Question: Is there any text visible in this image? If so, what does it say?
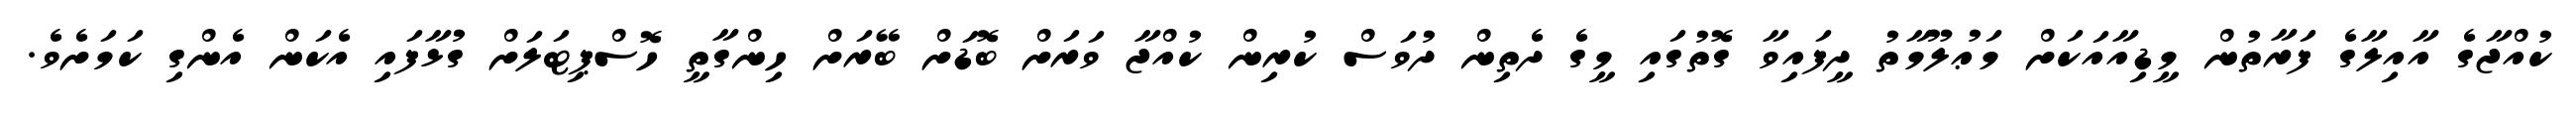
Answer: ކުއްޖާގެ އާއިލާގެ ފަރާތުން މީޑިއާއަކަށް މަޢުލޫމާތު ދީފައިވާ ގޮތުގައި މީގެ ދެތިން ދުވަސް ކުރިން ކުއްޖާ ވަރަށް ބޮޑަށް ބޭރަށް ހިންގާތީ ހޮސްޕިޓަލަށް ގުޅާފައި އެކަން އެންގި ކަމަށެވެ.